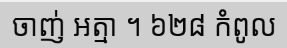
ចាញ់ អត្មា ។ ៦២៨ កំពូល